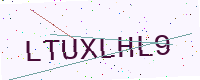
Text: LTUXLHL9